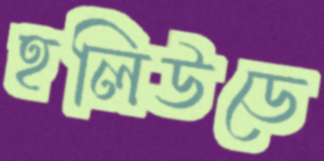
হলিউডে